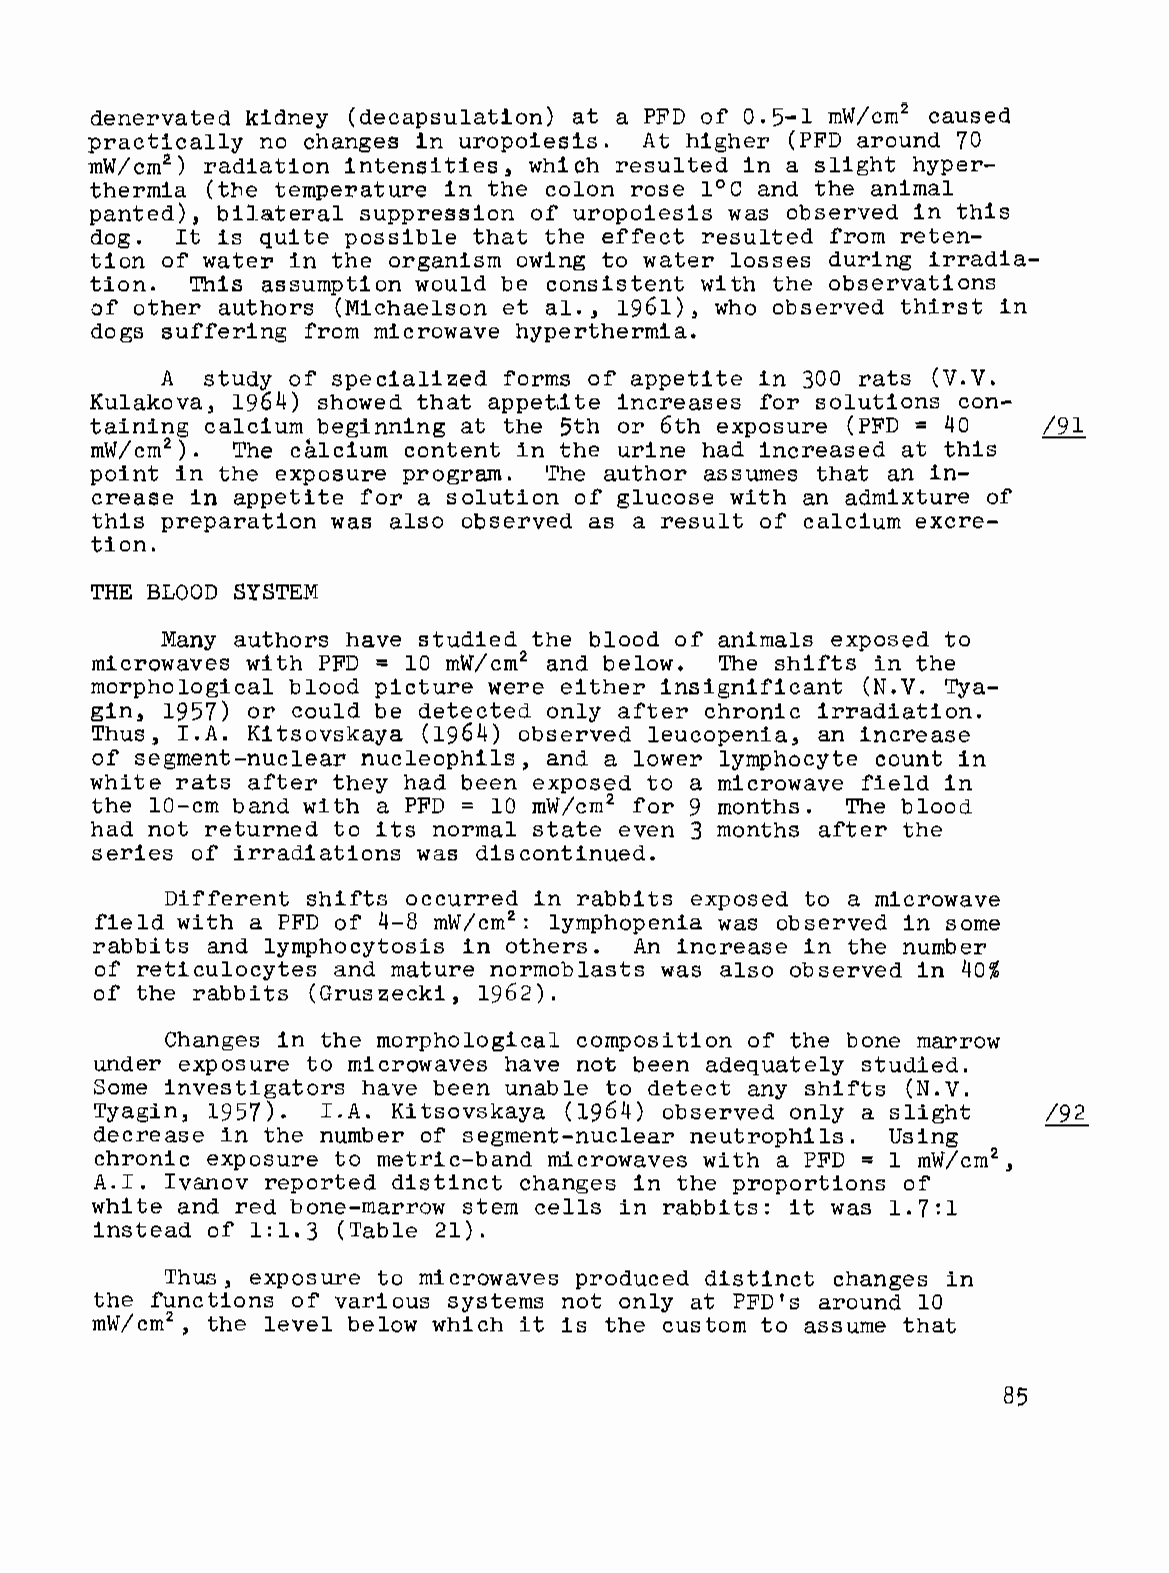
denervated kidney (decapsulation) at a PFD of 0.5-1 mW/cm2 caused
 practically no changes in uropoiesis. At higher (PFD around 70
 mW/cm2  radiation intensities, which resulted in a slight hyper
 )
 thermia (the temperature in the colon rose 1°C and the animal
 panted), bilateral suppression of uropoiesis was observed in this
 dog.  It is quite possible that the effect resulted from reten
 tion of water in the organism owing to water losses during irradia
 tion.  This assumption would be consistent with the observations
 of other authors (Michaelson et al., 1961), who observed thirst in
 dogs suffering from microwave hyperthermia.
 A  study of specialized forms of appetite in 300 rats (V.V.
 Kulakova, 1964) showed that appet,i te increases for solutions con-
 taining calcium beginning at the 5th or 6th exposure (PFD = 40 /91
 mW/cm2   The calcium content in the urine had increased at this
 ).
 point in the exposure program. The author assumes that an in-
 crease in appetite for a solution of glucose with an admixture of
 this preparation was also observed as a result of calcium excre-
 tion.
 THE BLOOD SYSTEM
 Many authors have studied the blood of animals exposed to
 microwaves with PFD = 10 mW/cm2 and below. The shifts in the
 morphological blood picture were either insignificant (N.V. Tya
 gin, 1957) or could be detected only after chronic irradiation.
 Thus, I.A. Kitsovskaya (1964) observed leucopenia, an increase
 of segment-nuclear nucleophils, and a lower lymphocyte count in
 white rats after they had been exposed to a microwave field in
 the 10-cm band with a PFD = 10 mW/cm2 for 9 months. The blood
 had not returned to its normal state even 3 months after the
 series of irradiations was discontinued.
 Different shifts occurred in rabbits exposed to a microwave
 field with a PFD of 4-8 mW/cm2 lymphopenia was observed in some
 :
 rabbits and lymphocytosis in others. An increase in the number
 of reticulocytes and mature normoblasts was also observed in 40%
 of the rabbits (Gruszecki, 1962).
 Changes in the morphological composition of the bone marrow
 under exposure to microwaves have not been adequately stUdied.
 Some investigators have been unable to detect any shifts (N.V.
 Tyagin, 1957). I.A. Kitsovskaya (1964) observed only a slight  /92
 decrease in the number of segment-nuclear neutrophils. Using
 chronic exposure to metric-band microwaves with a PFD = 1 mW/cm2
 ,
 A.I. Ivanov reported distinct changes in the proportions of
 white and red bone-marrow stem cells in rabbits: it was 1.7:1
 instead of 1:1.3 (Table 21).
 Thus, exposure to microwaves produced distinct changes in
 the functions of various systems not only at PFD's around 10
 mW/cm2  the level below which it is the custom to assume that
 ,
 85